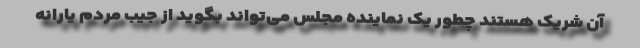
آن شریک هستند چطور یک نماینده مجلس می‌تواند بگوید از جیب مردم یارانه